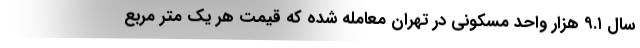
سال ۹.۱ هزار واحد مسکونی در تهران معامله شده که قیمت هر یک متر مربع